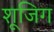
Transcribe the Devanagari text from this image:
शूजिग